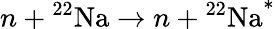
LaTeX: n+{^{22}\mathrm{Na}}\to n+{^{22}\mathrm{Na}}^{*}